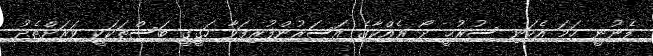
ފެނުނީ ހަމަ އެކަނި ސުރުޙީ ދޯ ރެއްކާގެ އަސަރުންފުރިފަވާ ހަގީގީ ބަސްތަކަކީ ވަރަށްތެދު